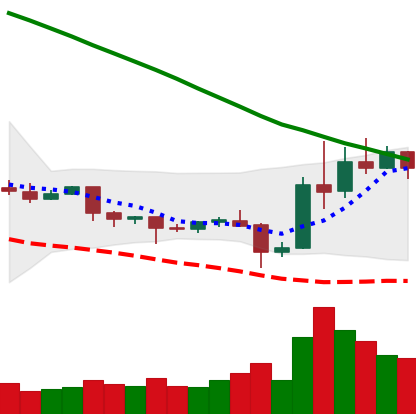
Ticker: EOS-USD
Chart end date: 2019-10-30
Forward return: 4.468%
Label: up_3_5